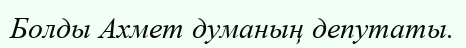
Болды Ахмет думаның депутаты.